Civil Veterinary Dept. North-West Frontier Province 1901-22 - 1901-1922
Year: 1901
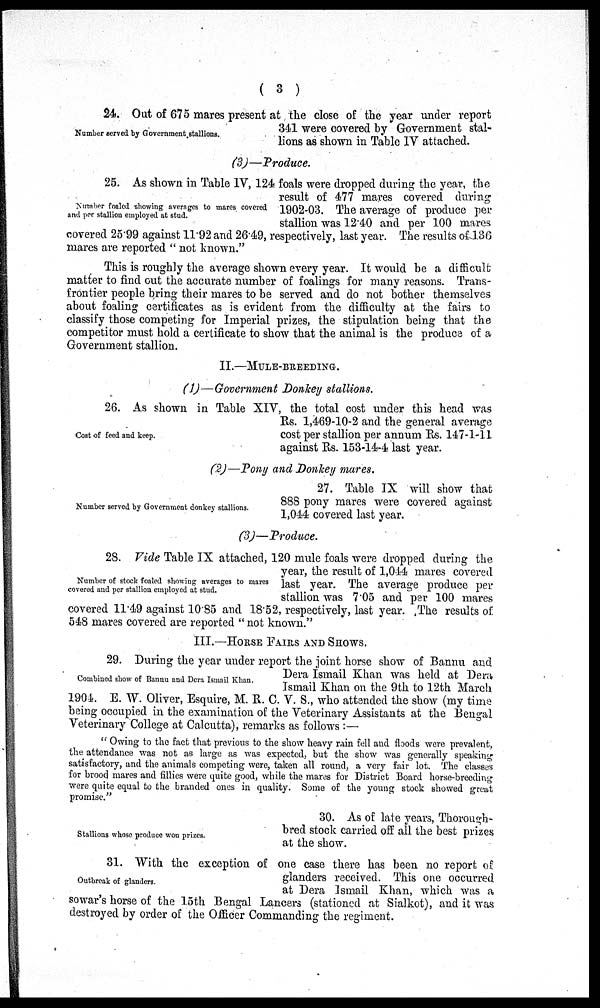
(3)
Number served by Government stallions.
24. Out of 675 mares present at the close of the year under report
341 were covered by Government stal-
lions as shown in Table IV attached.
(3)—Produce.
Number foaled showing averages to mares covered
and per stallion employed at stud.
25. As shown in Table IV, 124 foals were dropped during the year, the
result of 477 mares covered during
1902-03. The average of produce per
stallion was 12.40 and per 100 mares
covered 25.99 against 11.92 and 26.49, respectively, last year. The results of 136
mares are reported "not known."
This is roughly the average shown every year. It would be a difficult
matter to find out the accurate number of foalings for many reasons. Trans-
frontier people bring their mares to be served and do not bother themselves
about foaling certificates as is evident from the difficulty at the fairs to
classify those competing for Imperial prizes, the stipulation being that the
competitor must hold a certificate to show that the animal is the produce of a
Government stallion.
II.—MULE-BREEDING.
(1)—Government Donkey stallions.
Cost of feed and keep.
26. As shown in Table XIV, the total cost under this head was
Rs. 1,469-10-2 and the general average
cost per stallion per annum Rs. 147-1-11
against Rs. 153-14-4 last year.
(2)—Pony and Donkey mares.
Number served by Government donkey stallions.
27. Table IX will show that
888 pony mares were covered against
1,044 covered last year.
(3)—Produce.
Number of stock foaled showing averages to mares
covered and per stallion employed at stud.
28. Vide Table IX attached, 120 mule foals were dropped during the
year, the result of 1,044 mares covered
last year. The average produce per
stallion was 7.05 and per 100 mares
covered 11.49 against 10.85 and 18.52, respectively, last year. The results of
548 mares covered are reported "not known."
III.—HORSE FAIRS AND SHOWS.
Combined show of Bannu and Dera Ismail Khan.
29. During the year under report the joint horse show of Bannu and
Dera Ismail Khan was held at Dera
Ismail Khan on the 9th to 12th March
1904. E. W. Oliver, Esquire, M. R. C. V. S., who attended the show (my time
being occupied in the examination of the Veterinary Assistants at the Bengal
Veterinary College at Calcutta), remarks as follows:—
"Owing to the fact that previous to the show heavy rain fell and floods were prevalent,
the attendance was not as large as was expected, but the show was generally speaking
satisfactory, and the animals competing were, taken all round, a very fair lot. The classes
for brood mares and fillies were quite good, while the mares for District Board horse-breeding
were quite equal to the branded ones in quality. Some of the young stock showed great
promise."
Stallions whose produce won prizes.
30. As of late years, Thorough-
bred stock carried off all the best prizes
at the show.
Outbreak of glanders.
31. With the exception of one case there has been no report of
glanders received. This one occurred
at Dera Ismail Khan, which was a
sowar's horse of the 15th Bengal Lancers (stationed at Sialkot), and it was
destroyed by order of the Officer Commanding the regiment.